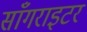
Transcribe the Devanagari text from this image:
साँगराइटर